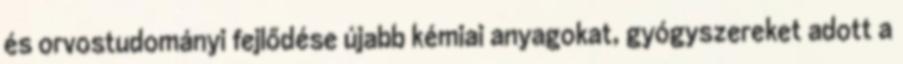
és orvostudományi fejlődése újabb kémiai anyagokat, gyógyszereket adott a